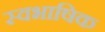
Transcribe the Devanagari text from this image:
स्वभाषिक